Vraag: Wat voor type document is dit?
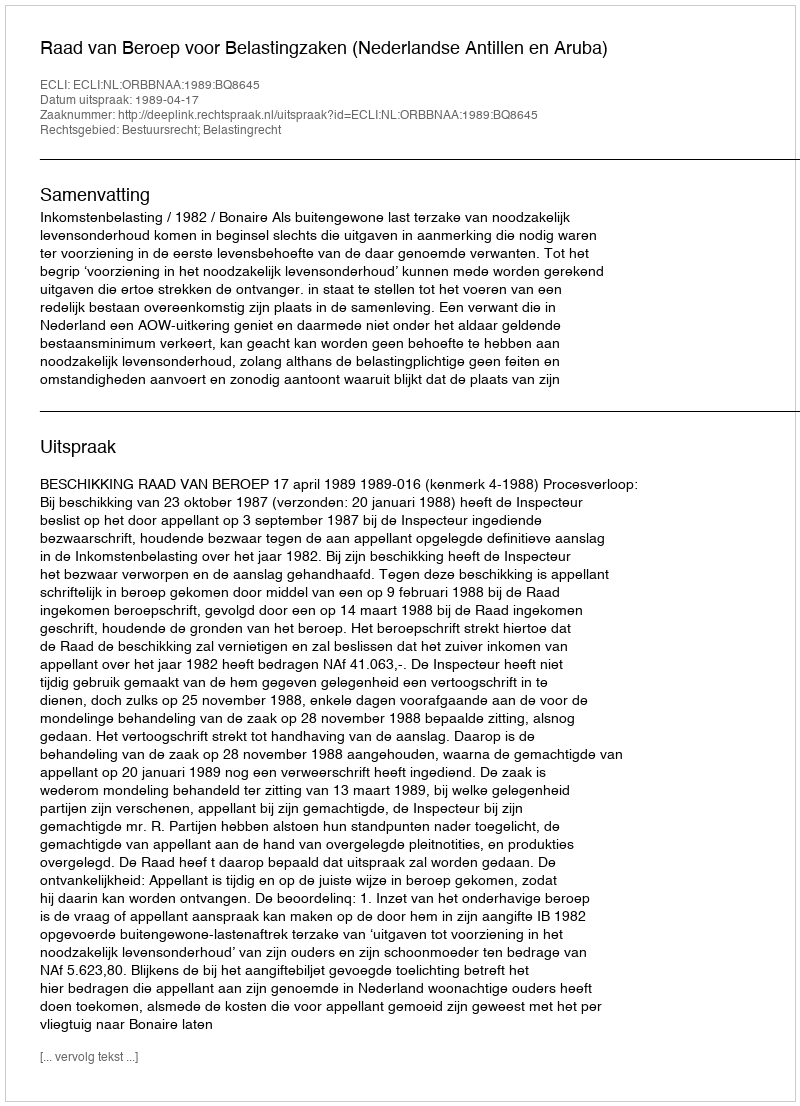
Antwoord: Uitspraak